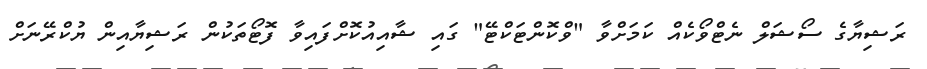
ރަޝިޔާގެ ސޯޝަލް ނެޓްވޯކެއް ކަަމަށްވާ "ވްކޮންޓަކްޓޭ" ގައި ޝާއިއުކޮށްފައިވާ ފޮޓޯތަކުން ރަޝިޔާއިން ޔުކްރޭނަށް